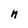
Character: n